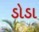
ડોડા